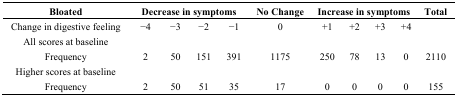
| Bloated | <COLSPAN=4> Decrease in symptoms | No Change | <COLSPAN=4> Increase in symptoms | Total |
 | --- | --- | --- | --- | --- | --- | --- | --- | --- | --- | --- |
 | Change in digestive feeling | −4 | −3 | −2 | −1 | 0 | +1 | +2 | +3 | +4 |  |
 | All scores at baseline |  |  |  |  |  |  |  |  |  |  |
 | Frequency | 2 | 50 | 151 | 391 | 1175 | 250 | 78 | 13 | 0 | 2110 |
 | Higher scores at baseline |  |  |  |  |  |  |  |  |  |  |
 | Frequency | 2 | 50 | 51 | 35 | 17 | 0 | 0 | 0 | 0 | 155 |